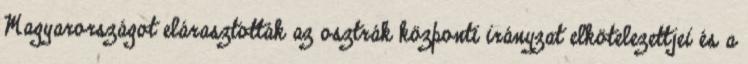
Magyarországot elárasztották az osztrák központi irányzat elkötelezettjei és a